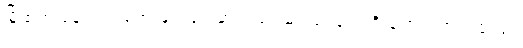
မြို့ထဲက နေရာ အတော်များများမှာလည်း ဆင်ရုပ်တွေကို ရောင်းကြ ပါတယ်။